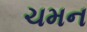
ચમન